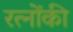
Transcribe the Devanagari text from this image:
रत्नोंकी